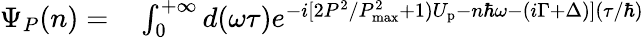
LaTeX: \begin{array}{rl}{\Psi_{P}(n)=}&{{}\int_{0}^{+\infty}d(\omega\tau)e^{-i[2{P^{2}}/{P_{\mathrm{max}}^{2}}+1)U_{\mathrm{p}}-n{\hbar\omega}-(i\Gamma+\Delta)]({\tau}/{\hbar})}}\end{array}